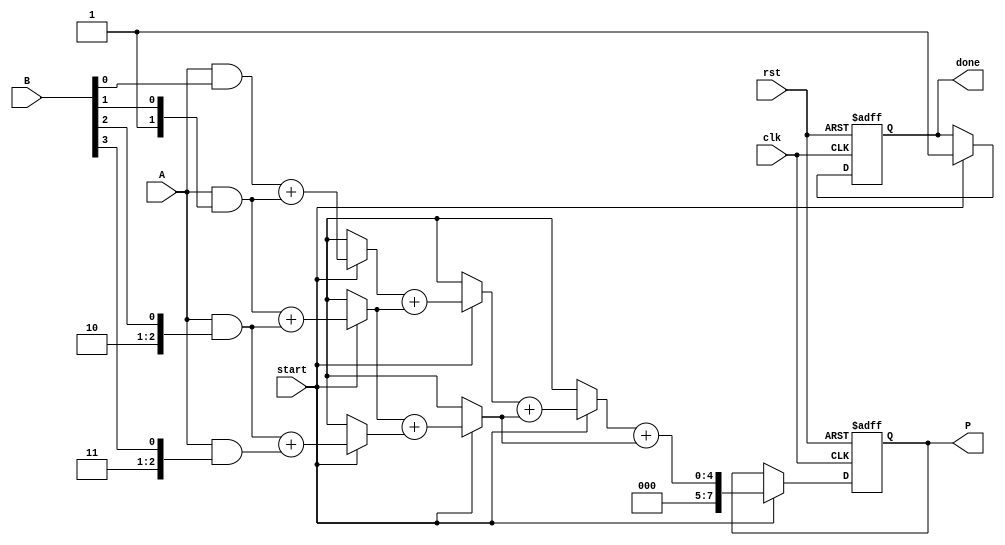
module dadda_multiplier #(parameter N = 4) (
    input wire [N-1:0] A,   // Multiplicand
    input wire [N-1:0] B,   // Multiplier
    input wire clk,         // Clock signal
    input wire rst,         // Reset signal
    input wire start,       // Start signal
    output reg [2*N-1:0] P, // Product output
    output reg done         // Done signal
);

    reg [2*N-1:0] partial_products [0:N-1]; // Array to hold partial products
    reg [N:0] sum [0:N]; // Intermediate sums
    integer i, j, k;

    // Generate Partial Products
    always @(*) begin
        for (i = 0; i < N; i = i + 1) begin
            partial_products[i] = A & { {N{i}}, B[i] }; // AND operation
        end
    end

    // Reduction Tree
    always @(posedge clk or posedge rst) begin
        if (rst) begin
            P <= 0;
            done <= 0;
        end else if (start) begin
            // Initialize sums
            for (i = 0; i < N; i = i + 1) begin
                sum[i] = partial_products[i][N-1:0]; // First row of sums
            end
            
            // Dadda reduction process
            for (k = 0; k < N-1; k = k + 1) begin
                for (j = 0; j < N-k-1; j = j + 1) begin
                    if (j < (N - k - 1)) begin
                        sum[j][N-1:0] = sum[j][N-1:0] + sum[j+1][N-1:0]; // Add pairs
                    end
                end
            end
            
            // Final addition to get the product
            P <= sum[0] + sum[1]; // Assume last two rows are in sum[0] and sum[1]
            done <= 1; // Indicate completion
        end
    end
endmodule